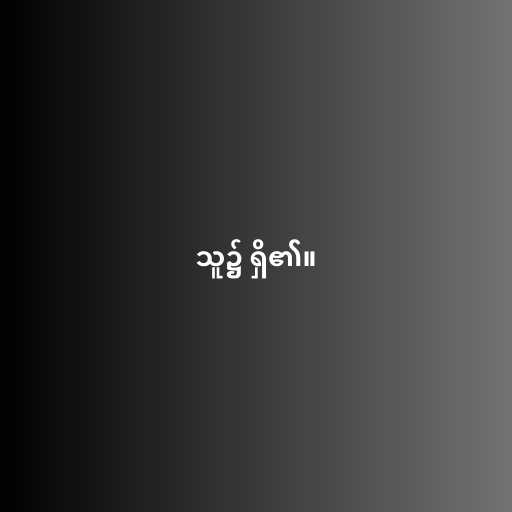
သူ၌ ရှိ၏။